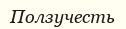
Ползучесть